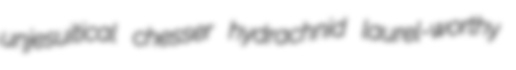
unjesuitical chesser hydrachnid laurel-worthy